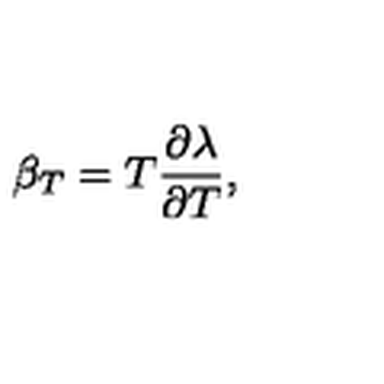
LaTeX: \beta _ { T } = T \frac { \partial \lambda } { \partial T } ,